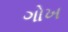
ગોખ